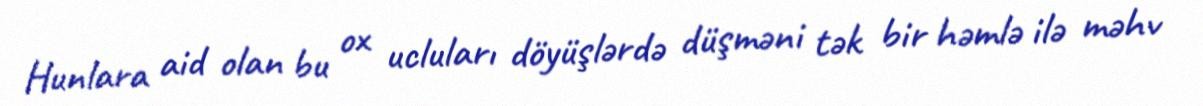
Hunlara aid olan bu ox ucluları döyüşlərdə düşməni tək bir həmlə ilə məhv